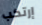
إرتكب